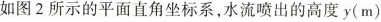
如图 2 所示的平面直角坐标系，水流喷出的高度y(m)